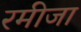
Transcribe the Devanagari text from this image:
रमीजा